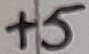
Text: +5